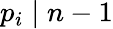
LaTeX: p_{i}\mid n-1